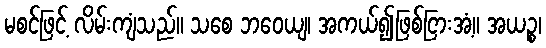
မစင်ဖြင့် လိမ်းကျံသည်။ သစေ ဘဝေယျ၊ အကယ်၍ဖြစ်ငြားအံ့။ အယဉ္စ၊